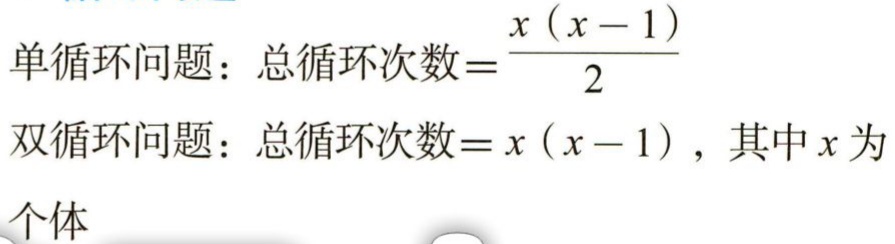
单循环问题：总循环次数=$\frac{x(x - 1)}{2}$

双循环问题：总循环次数=$x(x - 1)$，其中$x$为个体